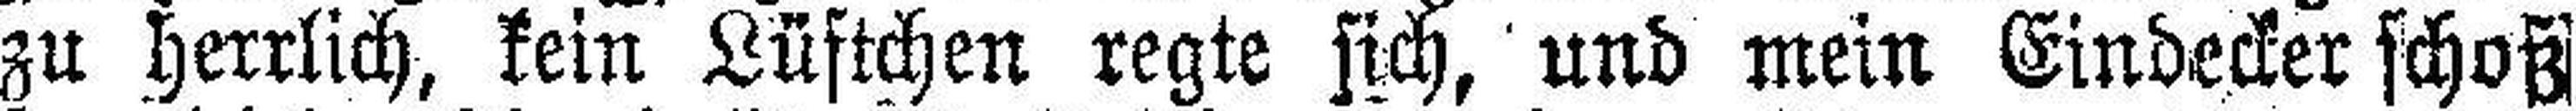
zu herrlich, kein Lüftchen regte sich, und mein Eindecker schoß